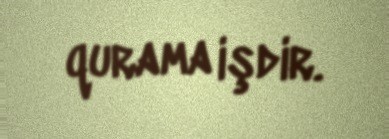
qurama işdir.